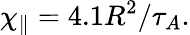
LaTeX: \chi_{\parallel}=4.1R^{2}/\tau_{A}.